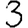
Digit: 3